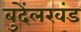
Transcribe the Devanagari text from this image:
बुदेंलखंड